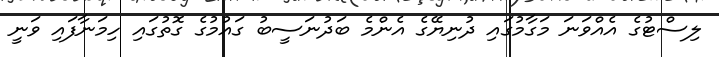
ލިސްޓުގެ އެއްވަނަ މަގާމުގައި ދުނިޔޭގެ އެންމެ ބަދުނަސީބު ގައުމުގެ ގޮތުގައި ހިމަނާފައި ވަނީ